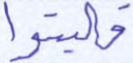
فليتقوا